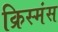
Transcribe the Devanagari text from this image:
क्रिस्मंस